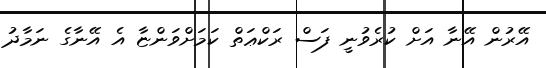
އޭރުން އޭނާ އަށް ކުރެވުނީ ފަސް ރަކްޢަތް ކަމަށްވަންޏާ އެ އޭނާގެ ނަމާދު